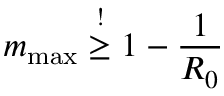
m _ { \mathrm { m a x } } \overset { ! } { \geq } 1 - \frac { 1 } { R _ { 0 } }